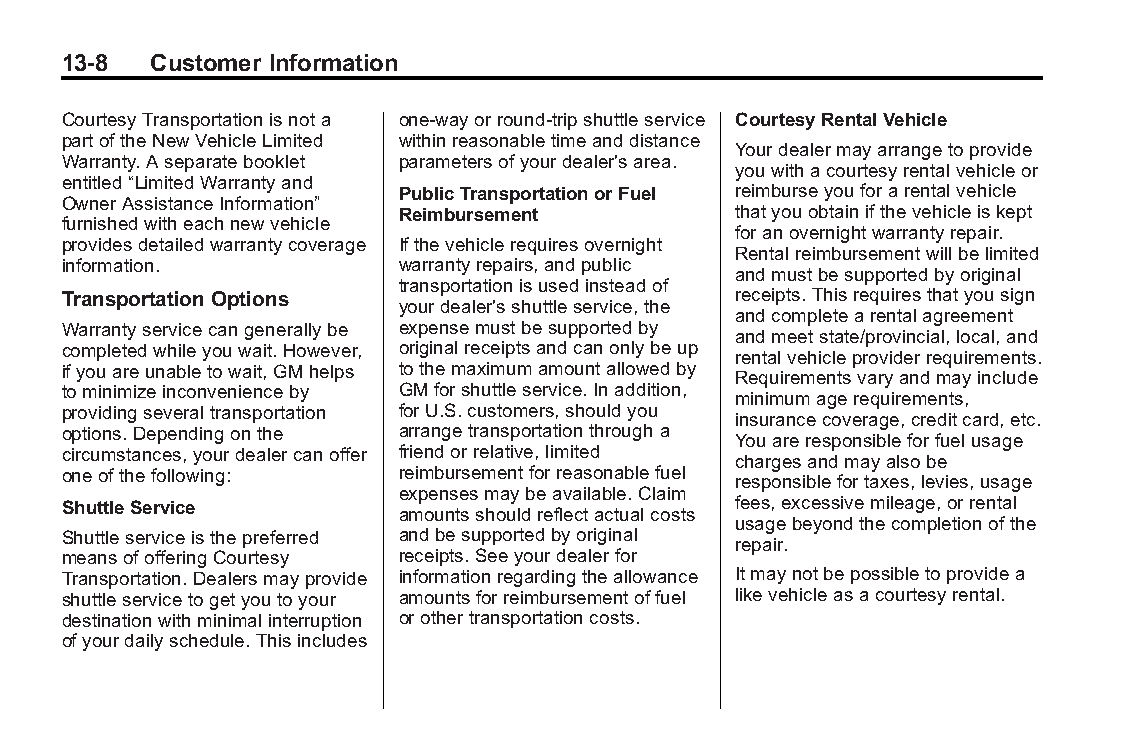
Buick LaCrosse Owner Manual (GMNA-Localizing-U.S./Canada/Mexico- Blackplate(8,1)
 6043609)-2014-2ndEdition-10/17/13
 13-8  Customer Information
 CourtesyTransportationisnota one-wayorround-tripshuttleservice CourtesyRentalVehicle
 partoftheNewVehicleLimited withinreasonabletimeanddistance
 Yourdealermayarrangetoprovide
 Warranty.Aseparatebooklet parametersofyourdealer'sarea.
 youwithacourtesyrentalvehicleor
 entitled“LimitedWarrantyand
 PublicTransportationorFuel reimburseyouforarentalvehicle
 OwnerAssistanceInformation”
 Reimbursement         thatyouobtainifthevehicleiskept
 furnishedwitheachnewvehicle
 foranovernightwarrantyrepair.
 providesdetailedwarrantycoverage Ifthevehiclerequiresovernight
 Rentalreimbursementwillbelimited
 information.          warrantyrepairs,andpublic
 andmustbesupportedbyoriginal
 transportationisusedinsteadof
 Transportation Options                      receipts.Thisrequiresthatyousign
 yourdealer'sshuttleservice,the
 andcompletearentalagreement
 Warrantyservicecangenerallybe expensemustbesupportedby
 andmeetstate/provincial,local,and
 completedwhileyouwait.However, originalreceiptsandcanonlybeup
 rentalvehicleproviderrequirements.
 ifyouareunabletowait,GMhelps tothemaximumamountallowedby
 Requirementsvaryandmayinclude
 tominimizeinconvenienceby GMforshuttleservice.Inaddition,
 minimumagerequirements,
 providingseveraltransportation forU.S.customers,shouldyou
 insurancecoverage,creditcard,etc.
 options.Dependingonthe arrangetransportationthrougha
 Youareresponsibleforfuelusage
 circumstances,yourdealercanoffer friendorrelative,limited
 chargesandmayalsobe
 oneofthefollowing:    reimbursementforreasonablefuel
 responsiblefortaxes,levies,usage
 expensesmaybeavailable.Claim
 ShuttleService                              fees,excessivemileage,orrental
 amountsshouldreflectactualcosts
 usagebeyondthecompletionofthe
 Shuttleserviceisthepreferred andbesupportedbyoriginal
 repair.
 meansofofferingCourtesy receipts.Seeyourdealerfor
 Transportation.Dealersmayprovide informationregardingtheallowance Itmaynotbepossibletoprovidea
 shuttleservicetogetyoutoyour amountsforreimbursementoffuel likevehicleasacourtesyrental.
 destinationwithminimalinterruption orothertransportationcosts.
 ofyourdailyschedule.Thisincludes